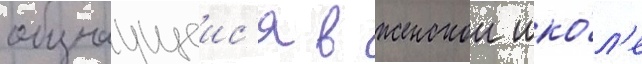
обучаущеис'я в женскои шко́л'е